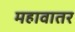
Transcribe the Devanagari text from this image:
महावातर